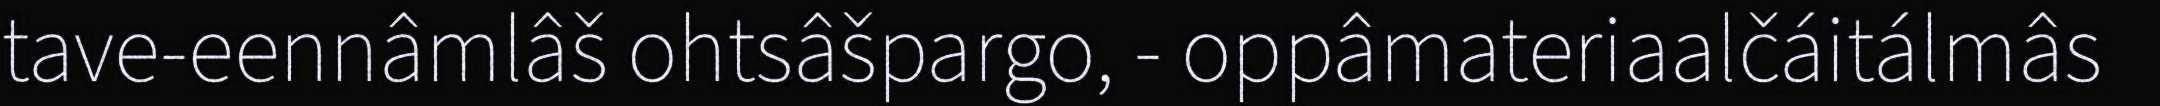
tave-eennâmlâš ohtsâšpargo, - oppâmateriaalčáitálmâs